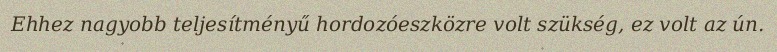
Ehhez nagyobb teljesítményű hordozóeszközre volt szükség, ez volt az ún.